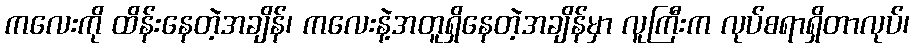
ကလေးကို ထိန်းနေတဲ့အချိန်၊ ကလေးနဲ့အတူရှိနေတဲ့အချိန်မှာ လူကြီးက လုပ်စရာရှိတာလုပ်၊